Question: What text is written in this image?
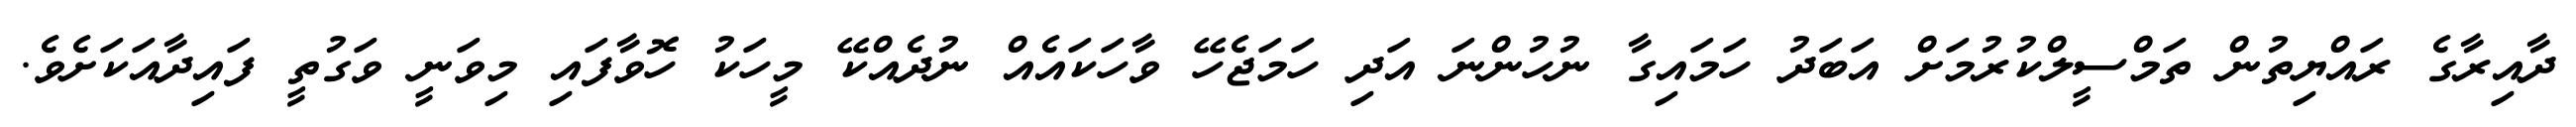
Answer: ދާއިރާގެ ރައްޔިތުން ތަމްސީލްކުރުމަށް އަބަދު ހަމައިގާ ނުހުންނަ އަދި ހަމަޖެހޭ ވާހަކައެއް ނުދެއްކޭ މީހަކު ހޮވާފައި މިވަނީ ވަގުތީ ފައިދާއަކަށެވެ.